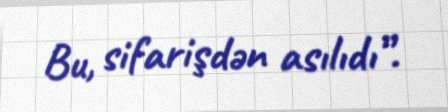
Bu, sifarişdən asılıdı”.